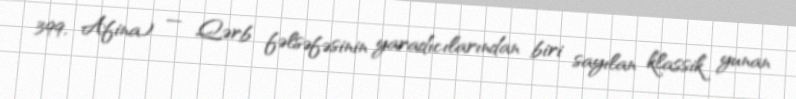
399, Afina) — Qərb fəlsəfəsinin yaradıcılarından biri sayılan klassik yunan